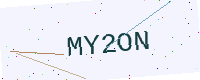
Text: MY2ON